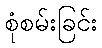
စုံစမ်းခြင်း